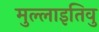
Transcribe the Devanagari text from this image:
मुल्लाइतिवु